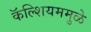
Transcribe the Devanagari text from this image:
कॅल्शियममुळे